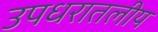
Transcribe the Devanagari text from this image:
उपधरातलीय